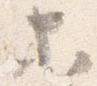
等